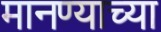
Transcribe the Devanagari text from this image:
मानण्याच्या